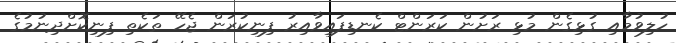
ހުލިވުމާއި ގުޅިގެން މުޅި ރަށުން ކަރަންޓް ކެނޑިފައިވާއިރު ފިނިކުރަން ޖެހޭ ތަކެތި ފިނިކޮށްދިނުމުގެ